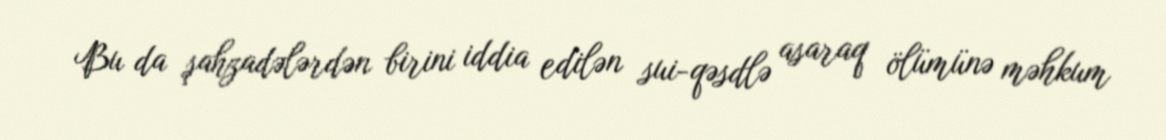
Bu da şahzadələrdən birini iddia edilən sui-qəsdlə asaraq ölümünə məhkum